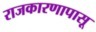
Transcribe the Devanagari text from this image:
राजकारणापासू